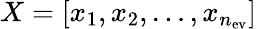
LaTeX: X=[x_{1},x_{2},\dotsc,x_{n_{\mathrm{ev}}}]